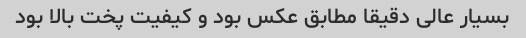
بسیار عالی دقیقا مطابق عکس بود و کیفیت پخت بالا بود